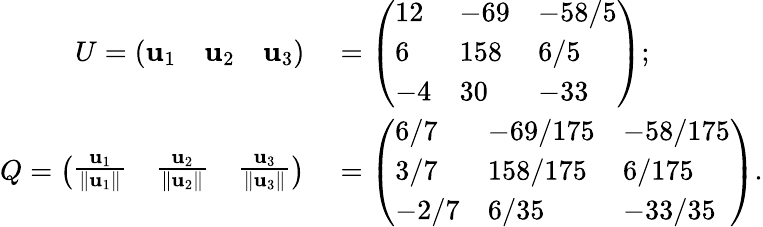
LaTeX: \begin{array}{rl}{U={\left(\begin{array}{lll}{\mathbf{u}_{1}}&{\mathbf{u}_{2}}&{\mathbf{u}_{3}}\end{array}\right)}}&{{}={\left(\begin{array}{lll}{12}&{-69}&{-58/5}\\ {6}&{158}&{6/5}\\ {-4}&{30}&{-33}\end{array}\right)};}\\ {Q={\left(\begin{array}{lll}{{\frac{\mathbf{u}_{1}}{\| \mathbf{u}_{1}\| }}}&{{\frac{\mathbf{u}_{2}}{\| \mathbf{u}_{2}\| }}}&{{\frac{\mathbf{u}_{3}}{\| \mathbf{u}_{3}\| }}}\end{array}\right)}}&{{}={\left(\begin{array}{lll}{6/7}&{-69/175}&{-58/175}\\ {3/7}&{158/175}&{6/175}\\ {-2/7}&{6/35}&{-33/35}\end{array}\right)}.}\end{array}